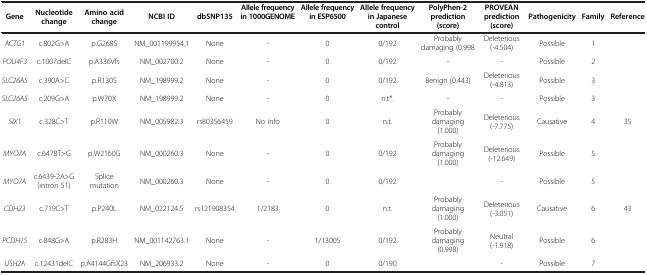
<table><thead><tr><td><b>Gene</b></td><td><b>Nucleotide change</b></td><td><b>Amino acid change</b></td><td><b>NCBI ID</b></td><td><b>dbSNP135</b></td><td><b>Allele frequency in 1000GENOME</b></td><td><b>Allele frequency in ESP6500</b></td><td><b>Allele frequency in Japanese control</b></td><td><b>PolyPhen-2 prediction (score)</b></td><td><b>PROVEAN prediction (score)</b></td><td><b>Pathogenicity</b></td><td><b>Family</b></td><td><b>Reference</b></td></tr></thead><tbody><tr><td><i>ACTG1</i></td><td>c.802G&gt;A</td><td>p.G268S</td><td>NM_001199954.1</td><td>None</td><td>-</td><td>0</td><td>0/192</td><td>Probably damaging (0.998</td><td>Deleterious (-4.504)</td><td>Possible</td><td>1</td><td> </td></tr><tr><td><i>POU4F3</i></td><td>c.1007delC</td><td>p.A336Vfs</td><td>NM_002700.2</td><td>None</td><td>-</td><td>0</td><td>0/192</td><td>-</td><td>-</td><td>Possible</td><td>2</td><td> </td></tr><tr><td><i>SLC26A5</i></td><td>c.390A&gt;C</td><td>p.R130S</td><td>NM_198999.2</td><td>None</td><td>-</td><td>0</td><td>0/192</td><td>Benign (0.443)</td><td>Deleterious (-4.813)</td><td>Possible</td><td>3</td><td> </td></tr><tr><td><i>SLC26A5</i></td><td>c.209G&gt;A</td><td>p.W70X</td><td>NM_198999.2</td><td>None</td><td>-</td><td>0</td><td>n.t*.</td><td>-</td><td>-</td><td>Possible</td><td>3</td><td> </td></tr><tr><td><i>SIX1</i></td><td>c.328C&gt;T</td><td>p.R110W</td><td>NM_005982.3</td><td>rs80356459</td><td>No info</td><td>0</td><td>n.t.</td><td>Probably damaging (1.000)</td><td>Deleterious (-7.775)</td><td>Causative</td><td>4</td><td>35</td></tr><tr><td><i>MYO7A</i></td><td>c.6478T&gt;G</td><td>p.W2160G</td><td>NM_000260.3</td><td>None</td><td>-</td><td>0</td><td>0/192</td><td>Probably damaging (1.000)</td><td>Deleterious (-12.649)</td><td>Possible</td><td>5</td><td> </td></tr><tr><td><i>MYO7A</i></td><td>c.6439-2A&gt;G (intron 51)</td><td>Splice mutation</td><td>NM_000260.3</td><td>None</td><td>-</td><td>0</td><td>0/192</td><td> </td><td>-</td><td>Possible</td><td>5</td><td> </td></tr><tr><td><i>CDH23</i></td><td>c.719C&gt;T</td><td>p.P240L</td><td>NM_022124.5</td><td>rs121908354</td><td>1/2183</td><td>0</td><td>n.t.</td><td>Probably damaging (1.000)</td><td>Deleterious (-3.051)</td><td>Causative</td><td>6</td><td>43</td></tr><tr><td><i>PCDH15</i></td><td>c.848G&gt;A</td><td>p.R283H</td><td>NM_001142763.1</td><td>None</td><td>-</td><td>1/13005</td><td>0/192</td><td>Probably damaging (0.998)</td><td>Neutral (-1.918)</td><td>Possible</td><td>6</td><td> </td></tr><tr><td><i>USH2A</i></td><td>c.12431delC</td><td>p.A4144GfsX23</td><td>NM_206933.2</td><td>None</td><td>-</td><td>0</td><td>0/190</td><td> </td><td>-</td><td>Possible</td><td>7</td><td> </td></tr></tbody></table>